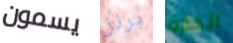
يسمون برنز الحارة